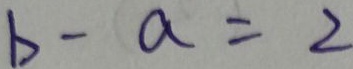
b - a = 2